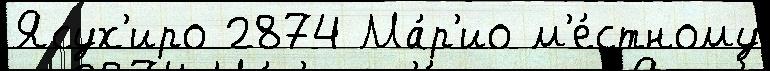
Ясух'иро 2874 Ма́р'ио м'е́стному